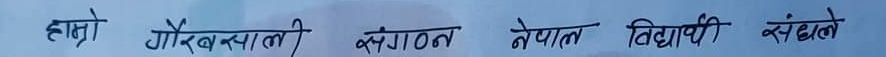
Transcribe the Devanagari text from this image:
हाम्रो गौरवशाली संगठन नेपाल विद्यार्थी संघले